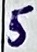
Text: 5